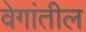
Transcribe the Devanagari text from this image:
वेगांतील